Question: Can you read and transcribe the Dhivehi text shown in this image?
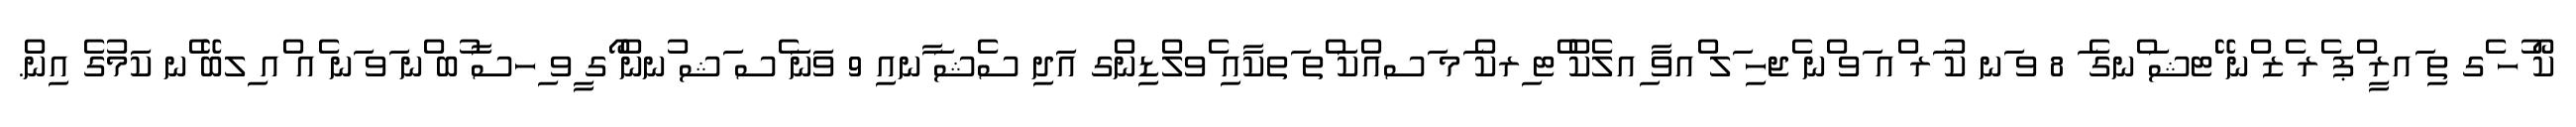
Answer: ކޯ ުހ ެގ ތި ައރީ ްޕ ެރ ެޒ ްނ ޭޓޝަ ްނގެ ަ 8 ވ ަނ ކު ަރ ްއ ަވ ްނ ެޖހި ަލ ްއވާ ިއލެކް ްޓ ިރކް ަމ ަސއްކަ ްތ ަތކާއި ެވލްޑިންގ އަދި ސެޝަ ާނއި 9 ވަނަ ެސ ަޝ ުނން ޯގ ީވ ިހސާ ުބ ްނ ަވ ަނ ެއ ްއ ިލބޭ ެނ ކަމުގެ އިން.